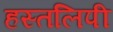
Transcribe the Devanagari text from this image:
हस्तलिपी